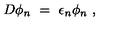
D \phi _ { n } \ = \ \epsilon _ { n } \phi _ { n } \ ,